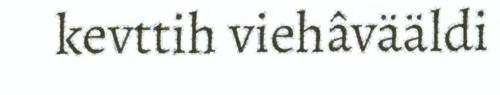
kevttih viehâvääldi